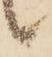
候